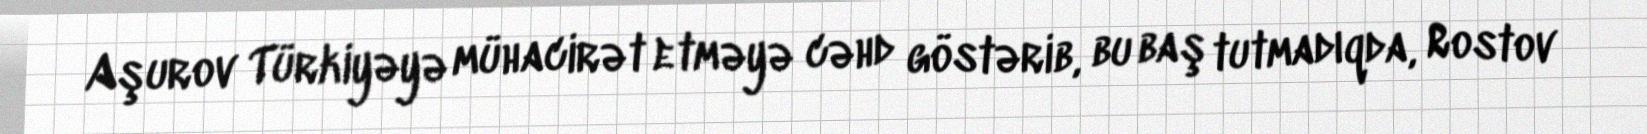
Aşurov Türkiyəyə mühacirət etməyə cəhd göstərib, bu baş tutmadıqda, Rostov